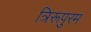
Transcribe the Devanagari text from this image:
त्रिरूपुरम